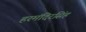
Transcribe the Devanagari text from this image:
हरमंदिरसिंह